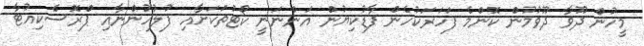
މީހުން ދޫވާ ދޫވުމުން ކޮޮންމެ ފަހަރަކުހެން ފާޑުކިޔުން އަންނަނީ ކޯޓުތަކަށާއި ފުލުހުންނާއި ޕްރޮސެކިއުޓާ